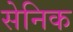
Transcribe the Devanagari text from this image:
सेनिक